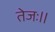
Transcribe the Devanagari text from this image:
तेजः॥